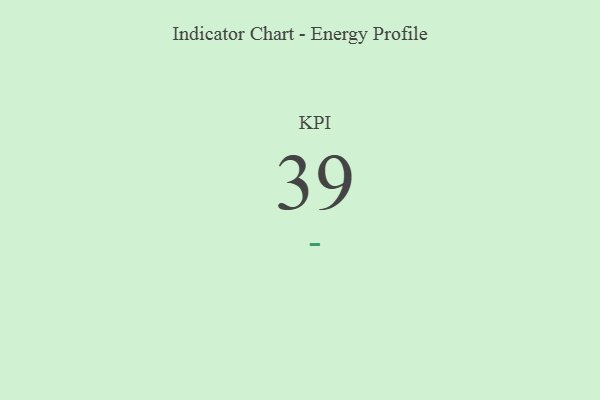
{"axis": {"x": "KPI", "y": "Value"}, "legend": [""], "data": [{"x": "KPI", "y": 39, "type": ""}]}